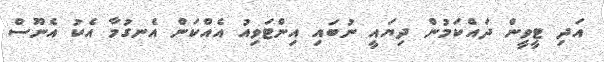
އަދި ޓީވީން ދައްކަމުން ދިޔައީ ނުބައި އިންޓަވިއު އެއްކަން އެނގުމާ އެކު އެނޫސް